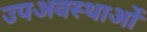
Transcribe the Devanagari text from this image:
उपअवस्थाओं